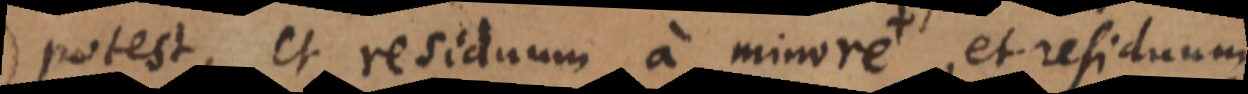
potest, et residuum a minore etiam